Scottish Leaving Certificate Examination, 1958
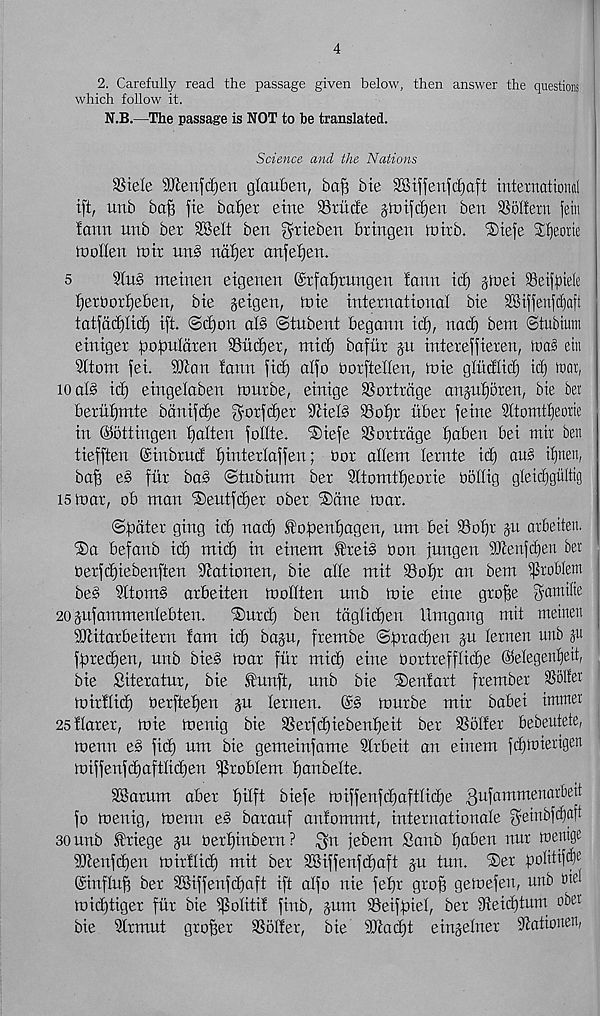
4
2. Carefully read the passage given below, then answer the questions
which follow it.
N.B.—The passage is NOT to be translated.
Science and the Nations
SStele ‘Men\d)tn glaitbett, bafi bie SSiffeufifjaft internatioiffi
ift, unb ba^ fte bafjer etne SSritcfe jtoifdjeti ben ^ottern fein
!ann unb bex SBelt ben grieben bringen roirb. iStefe SHprie
tuotten xotr unb naijer anjeljen.
5
9lu§ meinen eigenen @rfai)rungen fann id) ginei ^Beifbiele
i)ert>orf)eben, bie jeigen, roie international bie SSifienfcijaft
tatfad)Ii(f) ift. @d)on alb ©tubent begann id), nad) bent ©tubiimi
einiger populdten 9Sud)er, mid) baftir §u intereffieren, mab etu
9ttom fei. SO^an tann fid) alfo oorftetten, mie glitdlid) id) toai,
10 alb id) eingelaben ftmrbe, einige SSortrcige anjufjoren, bie bet
berufmrte bdnifdje goxfdjer 9tieB 33ol)t itber feme Sltomtljeorie
in ©ottingen fatten follte. iSiefe SSortrdge Ifaben bei mix ben
tiefften ©inbtud f)interlaffen; Oor allem lernte id) aub il)nen,
ba§ eb fur bob ©tubium ber Sltomtljeorie Oollig gleidjgiiltig
is roar, ob man ®eutfd)er ober ®ane Bar.
©fmter ging id) nad) StofDenfjagen, um bei SSoljr ju arbeiten.
®a befanb idf mid) in einem SDreib Oon jungen SDtenfdjen ber
oerfdfiebenften iltationen, bie alle mit 93of)r an bem problem
beb Sltomb arbeiten roollten unb roie eine groffe ^amtlte
20 jufammenlebten.
®urd) ben tdglid)en IXmgang mit metnen
ibtitarbeitern !am id) baju, frembe ©bradjen ju lernen unb jn
fpredjen, unb bieb roar ftir mid) eine oortrefflidje ©elegenljett,
bie Siteratur, bie SXunft, unb bie iSentart frember Solfer
tnirtlid) oerftel)en ju lernen. @b tour be mir babei immer
25llarer, roie roenig bie 9Serfd)iebenf)eit ber SSolter bebeutete,
roenn eb fit^ um bie gemeiufame Slrbeit an einem fd)Bierigen
loiffenfdjaftlidjen problem fjunbelte.
SBarum aber l)ilft biefe roiffenfcbaftlidje f3ufammenart>ett
fo roenig, roenn eb barauf antommt, internationale ^einbf^nft
so unb SXriege ju oerf)inbern ? ^yn jebem Sanb baben nur roenige
9Jtenfd)en roirllid) mit ber 2Siffenfd)aft ju tun. ®er b 0 ®if^e
©influx ber SBiffenfdfaft ift alfo nie fef)r grof? geroefen, unb rid
roid)tiger fur bie i^olitit fiub, jum SSeiffoiel, ber 3fteid)tum ober
bie Strmut grower hotter, bie 9Jtad)t eingelner Stationen,